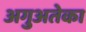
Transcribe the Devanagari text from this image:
अगुअतेका